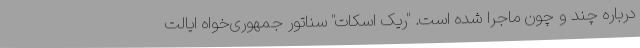
درباره چند و چون ماجرا شده است. "ریک اسکات" سناتور جمهوری‌خواه ایالت